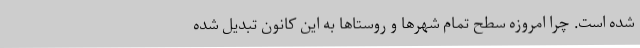
شده است. چرا امروزه سطح تمام شهرها و روستاها به این کانون تبدیل شده